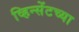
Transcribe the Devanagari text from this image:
व्हिन्सेंटच्या